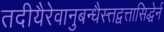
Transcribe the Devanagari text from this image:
तदीयैरेवानुबन्धैस्त्तद्वत्तासिद्धेर्न